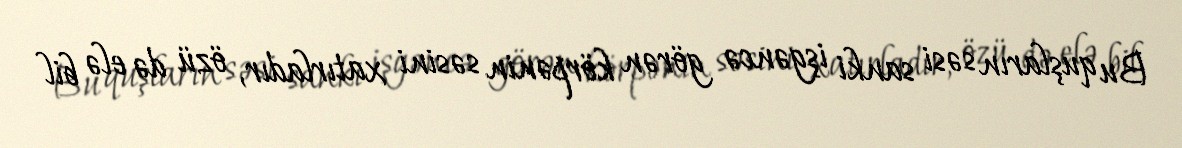
Bu quşların səsi sanki işgəncə görən körpənin səsini xatırladır, özü də elə bil